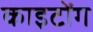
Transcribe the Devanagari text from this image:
काइटोंग